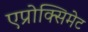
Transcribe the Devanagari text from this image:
एप्रोक्सिमेट